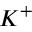
K ^ { + }